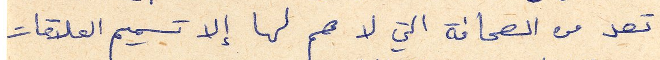
تعد من الصحافة التي لا هم لها إلا تسميم العلاقات